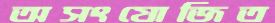
অসংযোজিত